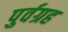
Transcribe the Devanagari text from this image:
पुर्वग्रह